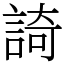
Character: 䛴